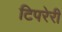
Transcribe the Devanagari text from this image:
टिपरेरी